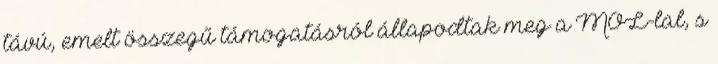
távú, emelt összegű támogatásról állapodtak meg a MOL-lal, s